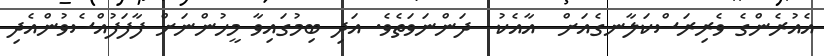
އެއުރެންގެ ވެރިރަސްކަލާނގެއަށް  އާއެކު  ދަންނަވަތެވެ. އަދި ބިމުގައިވާ މީހުންނަށް ފާފަފުއްސެވުންއެދި